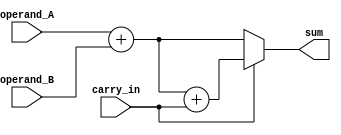
module carry_select_adder (
    input wire [3:0] operand_A,
    input wire [3:0] operand_B,
    input wire carry_in,
    output wire [3:0] sum
);

wire [3:0] sum_with_carry;
wire [3:0] sum_without_carry;

assign sum_with_carry = operand_A + operand_B + carry_in; 
assign sum_without_carry = operand_A + operand_B;

assign sum = (carry_in == 1'b1) ? sum_with_carry : sum_without_carry;

endmodule